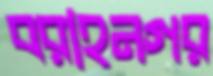
বরাহনগর